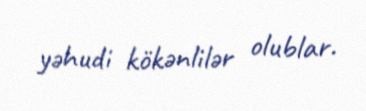
yəhudi kökənlilər olublar.